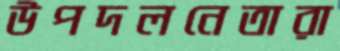
উপদলনেতারা